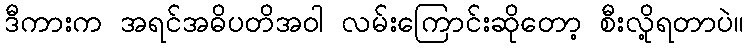
ဒီကားက အရင်အဓိပတိအဝါ လမ်းကြောင်းဆိုတော့ စီးလို့ရတာပဲ။